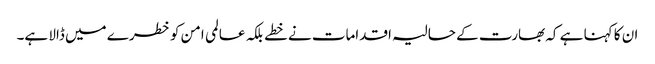
ان کا کہنا ہے کہ بھارت کے حالیہ اقدامات نے خطے بلکہ عالمی امن کو خطرے میں ڈالا ہے۔